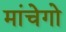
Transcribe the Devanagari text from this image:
मांचेगो